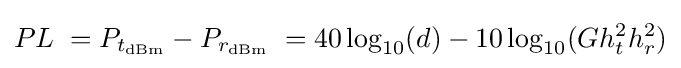
PL\;=P_{t_{\text{dBm}}}-P_{r_{\text{dBm}}}\;=40\log _{10}(d)-10\log _{10}(Gh_{t}^{2}h_{r}^{2})